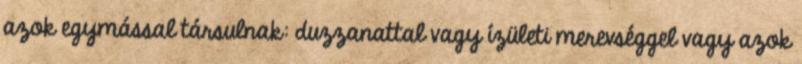
azok egymással társulnak: duzzanattal vagy ízületi merevséggel vagy azok